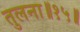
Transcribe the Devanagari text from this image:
तुलना॥१५॥